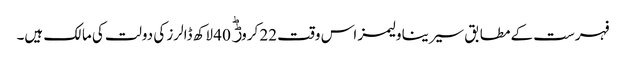
فہرست کے مطابق سیرینا ولیمز اس وقت 22 کروڑؕ 40 لاکھ ڈالرز کی دولت کی مالک ہیں۔